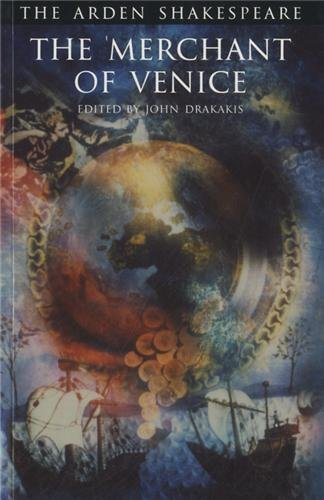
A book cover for The Merchant of Venice: Third Series (Arden Shakespeare); William Shakespeare; Literature & Fiction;